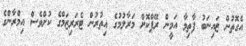
އެގޮތުން ޒައިނަބު ފާތިމާ އަމީން ރޭޕްކޮށް މަރާލުމުގެ އިތުރުން ޓެރަރިޒަމްގެ ކުށްވެސް އިމްރާންގެ